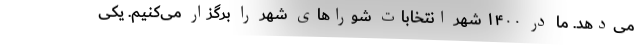
می‌دهد. ما در ۱۴۰۰ شهر انتخابات شوراهای شهر را برگزار می‌کنیم. یکی